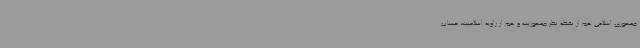
جمهوری اسلامی هم از نقطه نظر جمهوریت و هم از زاویه اسلامیت، حساب